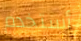
أستخدم